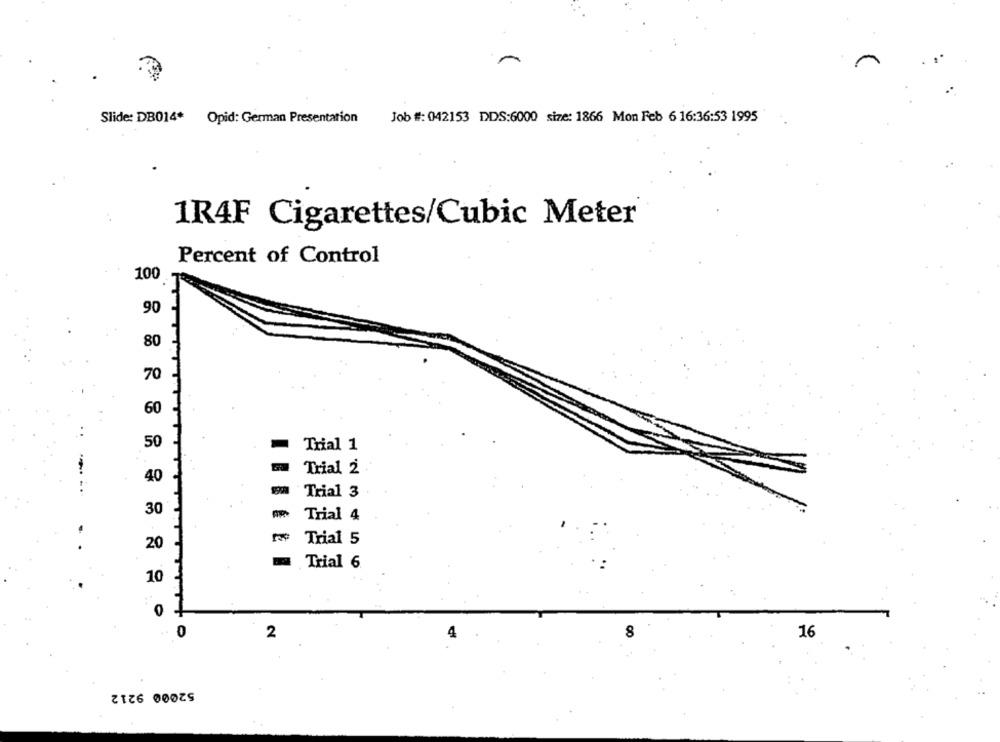
Job #: 042153 DDS:6000 size: 1866 Mon Feb 6 16:36:53 1995
Slide: DB014* Opid: German Presentation
1R4F Cigarettes/Cubic Meter
Percent of Control
100
90
80
70
60
50
Trial 1
Trial 2
Trial 3
30
Trial 4
Trial 5
20
Trial 6
10
2
4
8
16